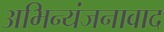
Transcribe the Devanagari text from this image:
अभिन्यंजनावाद